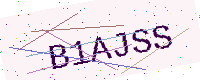
Text: B1AJSS